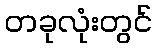
တခုလုံးတွင်